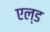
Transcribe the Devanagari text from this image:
एल्ड